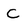
Character: C